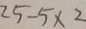
2 5 - 5 \times 2